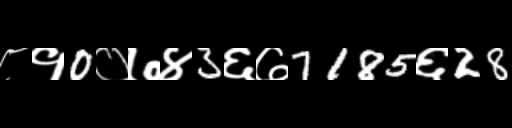
Text: ८१0०७४3६७7185६28